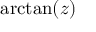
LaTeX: \arctan ( z )